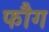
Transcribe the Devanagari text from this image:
फौग